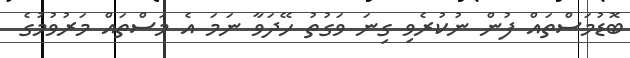
ބޮޑުމަސްތައް ފުން ނުކުރެވި ގިނަ ވަގުތު ހޭދަވާ ނަމަ އެ މަސްތައް މަރުވުމުގެ